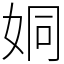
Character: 姛